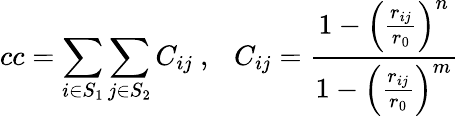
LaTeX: cc=\sum_{i\in S_{1}}\sum_{j\in S_{2}}C_{ij}\ ,\ \ \ C_{ij}=\frac{1-\Big(\frac{r_{ij}}{r_{0}}\Big)^{n}}{1-\Big(\frac{r_{ij}}{r_{0}}\Big)^{m}}